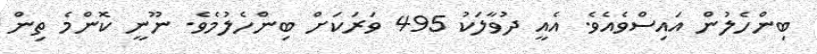
ބިންހެލުން އައިސްވެއެވެ. އެއީ ދުވާލަކު 495 ވަރަކަށް ބިންހެލުމެވެ. ނޫނީ ކޮންމެ ތިން